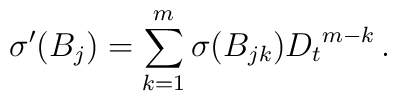
{\sigma}^{\prime} (B_j)=\sum_{k=1}^m{\sigma}(B_{jk}) {D_t} ^{m-k}\,.